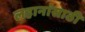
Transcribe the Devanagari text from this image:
लहानांसाठी